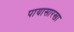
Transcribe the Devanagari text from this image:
पायासारखा